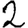
Digit: 2